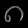
Digit: ၈